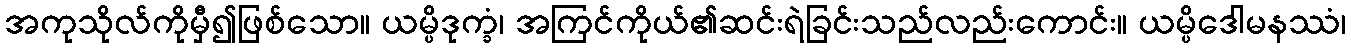
အကုသိုလ်ကိုမှီ၍ဖြစ်သော။ ယမ္ပိဒုက္ခံ၊ အကြင်ကိုယ်၏ဆင်းရဲခြင်းသည်လည်းကောင်း။ ယမ္ပိဒေါမနဿံ၊